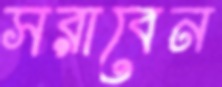
সরাবেন